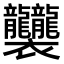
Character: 𧟟